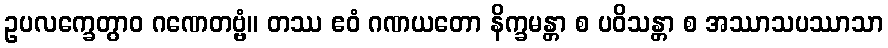
ဥပလက္ခေတွာဝ ဂဏေတဗ္ဗံ။ တဿ ဧဝံ ဂဏယတော နိက္ခမန္တာ စ ပဝိသန္တာ စ အဿာသပဿာသာ